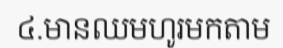
៤.មានឈមហូរមកតាម